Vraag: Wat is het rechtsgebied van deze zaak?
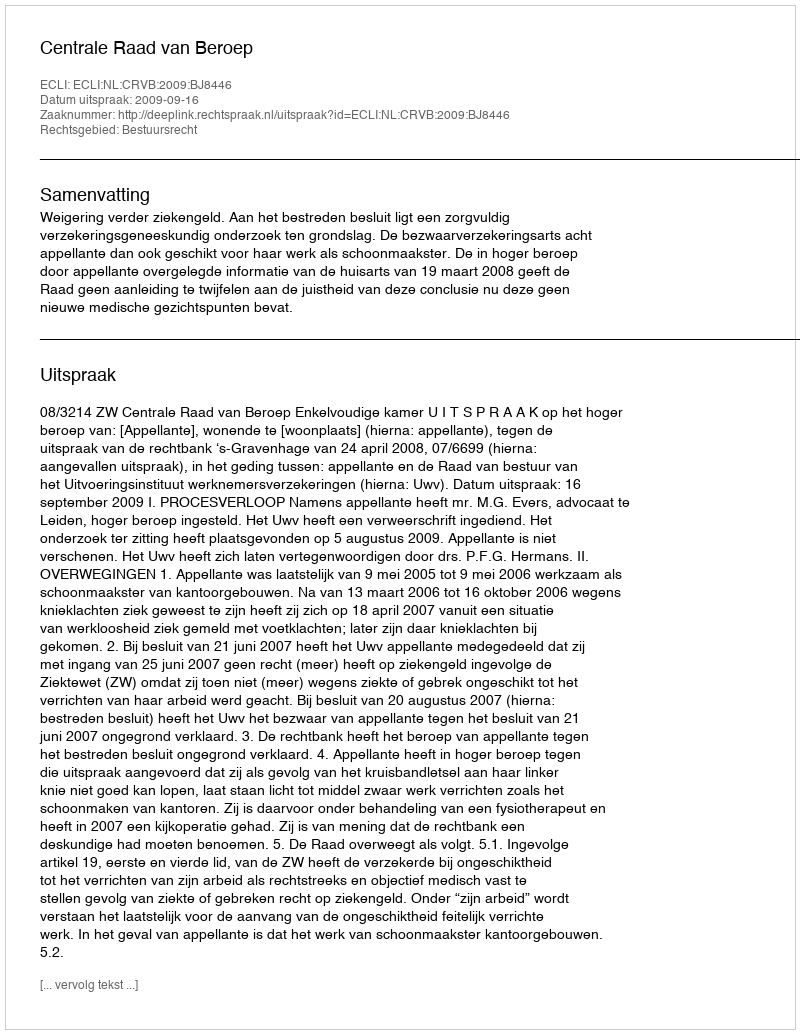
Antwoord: Bestuursrecht